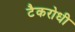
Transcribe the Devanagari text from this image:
टैकरोधी